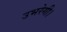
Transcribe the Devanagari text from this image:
उभरेगी।